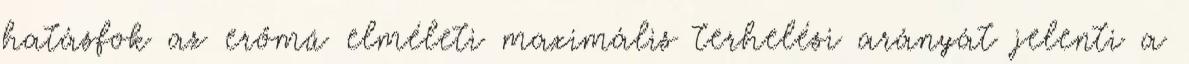
hatásfok az erőmű elméleti maximális terhelési arányát jelenti a